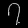
Digit: ၇